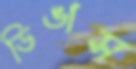
ডিঙাস